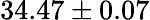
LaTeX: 34.47\pm 0.07